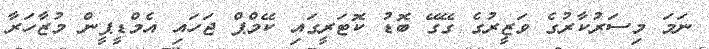
ނަމަ މިސަރުކާރުގެ ވަޒީރުގެ ގޭގޭ ބޮޑު ކޮޓަރީގައި ކޭމްޕް ޖަހައި އެމްޑީޕީން މުޒާހަރާ